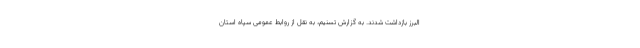
البرز بازداشت شدند. به گزارش تسنیم، به نقل از روابط عمومی سپاه استان